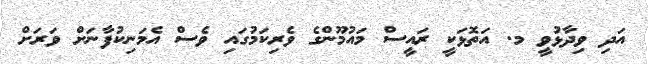
އަދި ވިދާޅުވީ މ. އަތޮޅަކީ ރައީސް މައުމޫންގެ ވެރިކަމުގައި ވެސް އެމަނިކުފާނަށް ވަރަށް